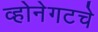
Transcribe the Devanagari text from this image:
व्होनेगटचे